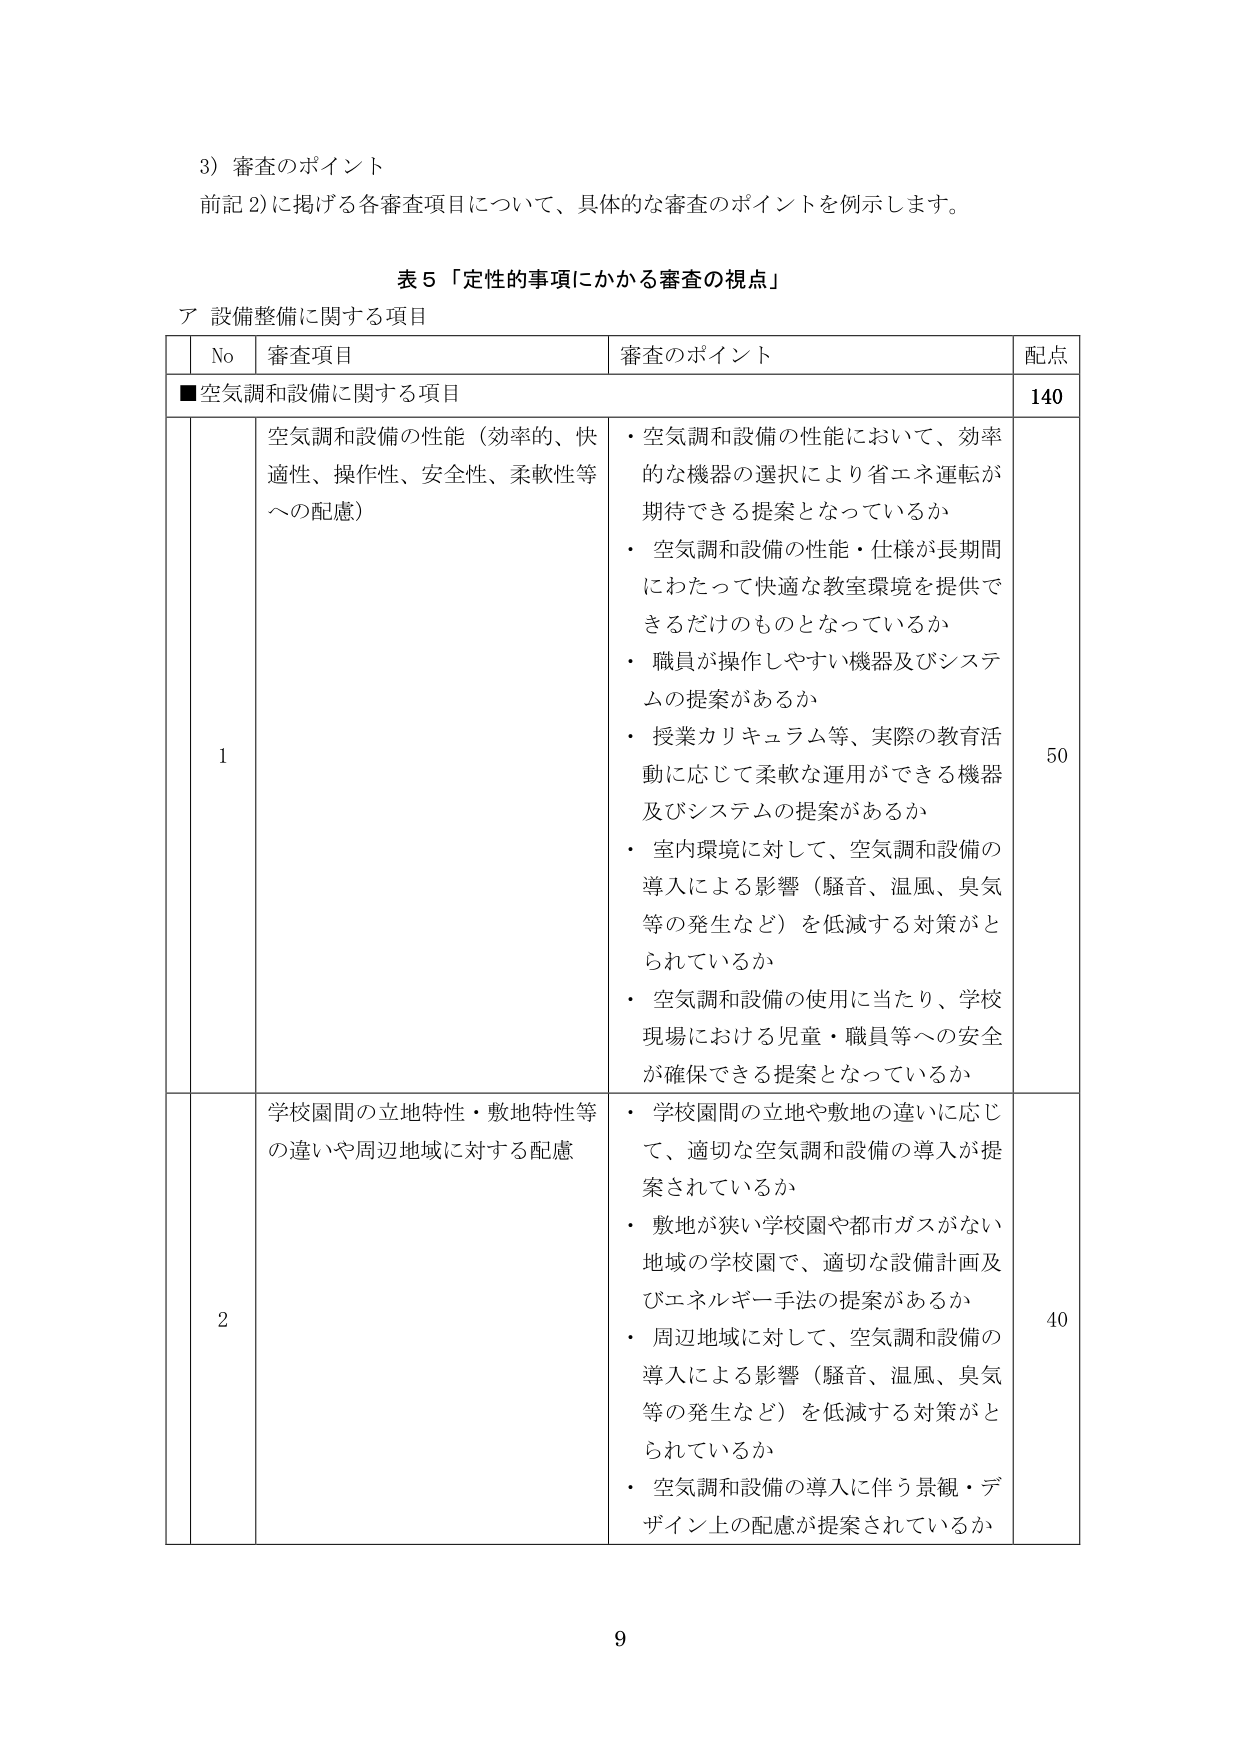
3) 審査のポイント
前記 2) に掲げる各審査項目について、具体的な審査のポイントを例示します。

表 5 「定性的事項にかかる審査の視点」
ア 設備整備に関する項目

| No | 審査項目 | 審査のポイント | 配点 |
|----|----------|----------------|------|
| ■空気調和設備に関する項目 | | | 140 |
| 1 | 空気調和設備の性能（効率的、快適性、操作性、安全性、柔軟性等への配慮） | ・空気調和設備の性能において、効率的な機器の選択により省エネ運転が期待できる提案となっているか<br>・空気調和設備の性能・仕様が長期間にわたって快適な教室環境を提供できるだけのものとなっているか<br>・職員が操作しやすい機器及びシステムの提案があるか<br>・授業カリキュラム等、実際の教育活動に応じて柔軟な運用ができる機器及びシステムの提案があるか<br>・室内環境に対して、空気調和設備の導入による影響（騒音、温風、臭気等の発生など）を低減する対策がとられているか<br>・空気調和設備の使用に当たり、学校現場における児童・職員等への安全が確保できる提案となっているか | 50 |
| 2 | 学校園間の立地特性・敷地特性等の違いや周辺地域に対する配慮 | ・学校園間の立地や敷地の違いに応じて、適切な空気調和設備の導入が提案されているか<br>・敷地が狭い学校園や都市ガスがない地域の学校園で、適切な設備計画及びエネルギー手法の提案があるか<br>・周辺地域に対して、空気調和設備の導入による影響（騒音、温風、臭気等の発生など）を低減する対策がとられているか<br>・空気調和設備の導入に伴う景観・デザイン上の配慮が提案されているか | 40 |

9